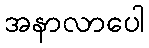
အနာလာပေါ